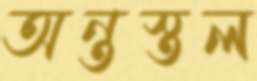
অন্তস্তল